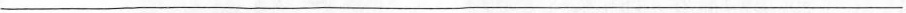
___